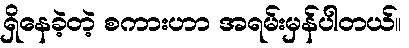
ရှိနေခဲ့တဲ့ စကားဟာ အရမ်းမှန်ပါတယ်။